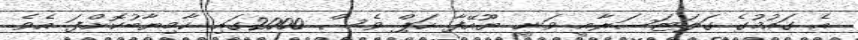
އެ ގައުމުގެ ގަލަޓަސަރާއީ ވަނީ ޔޫއޭފާ ކަޕް ވެސް 2000ގައި ކާމިޔާބުކޮށްފަ އެވެ.